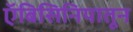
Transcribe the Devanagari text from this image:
ऍबिसिनियातून